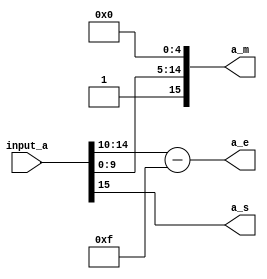
`define SIMULATION_MEMORY
//`define SIMULATION_addfp
`define VECTOR_DEPTH 64 //Q,K,V vector size
`define DATA_WIDTH 16
`define VECTOR_BITS 1024 // 16 bit each (16x64)
`define NUM_WORDS 32   //num of words in the sentence
`define BUF_AWIDTH 4 //16 entries in each buffer ram
`define BUF_LOC_SIZE 4 //4 words in each addr location
`define OUT_RAM_DEPTH 512 //512 entries in output bram
`define EXPONENT 8
`define MANTISSA 7
`define EXPONENT 5
`define MANTISSA 10
`define SIGN 1
`define DWIDTH (`SIGN+`EXPONENT+`MANTISSA)
`define DEFINES_DONE
`define DATAWIDTH (`SIGN+`EXPONENT+`MANTISSA)
`define IEEE_COMPLIANCE 1
`define NUM 4
`define ADDRSIZE 4

module align_t (
  input [15:0] input_a,
  output [15:0] a_m,
  output [5:0] a_e,
  output a_s);

  wire [15:0] a;

  assign a = input_a;
  assign a_m[15:5] = {1'b1, a[9 : 0]};
  assign a_m[4:0] = 8'b0;
  assign a_e = a[14 : 10] - 15;
  assign a_s = a[15];

endmodule